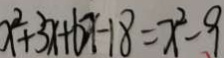
x ^ { 2 } + 3 x + b x - 1 8 = x ^ { 2 } - 9